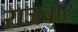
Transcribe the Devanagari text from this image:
राजवाट